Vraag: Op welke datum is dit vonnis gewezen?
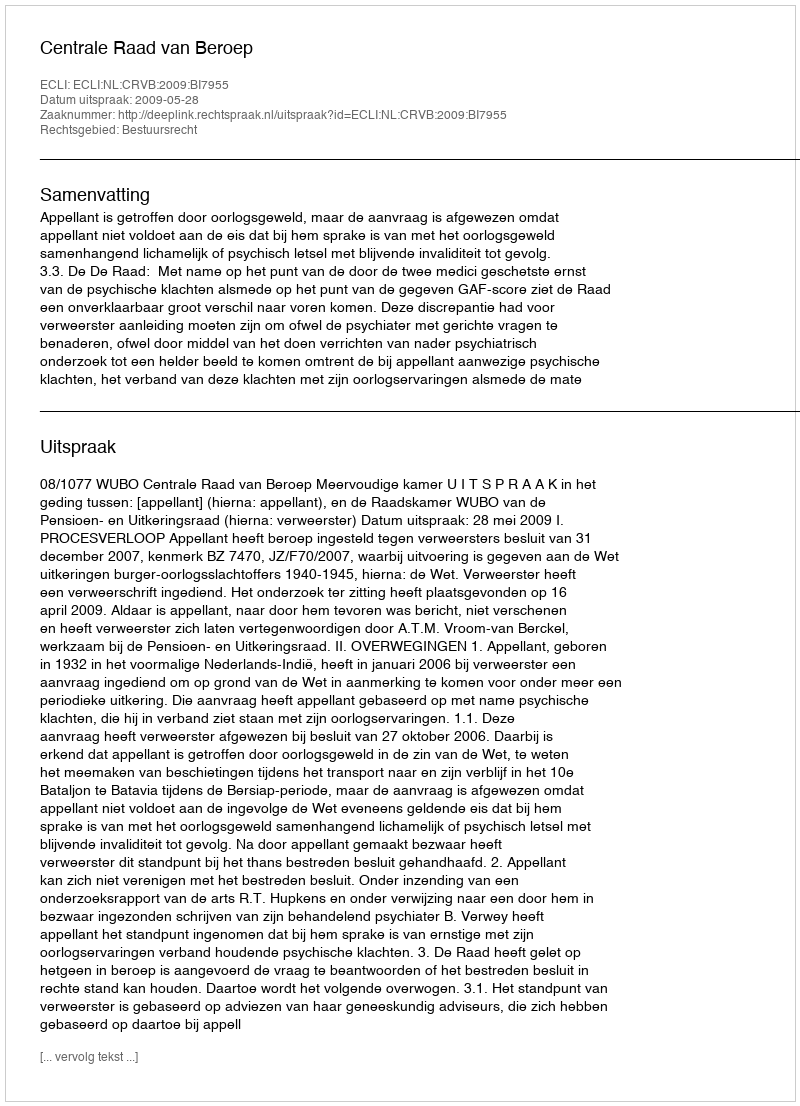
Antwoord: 2009-05-28